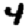
Digit: 4